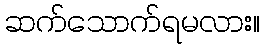
ဆက်သောက်ရမလား။